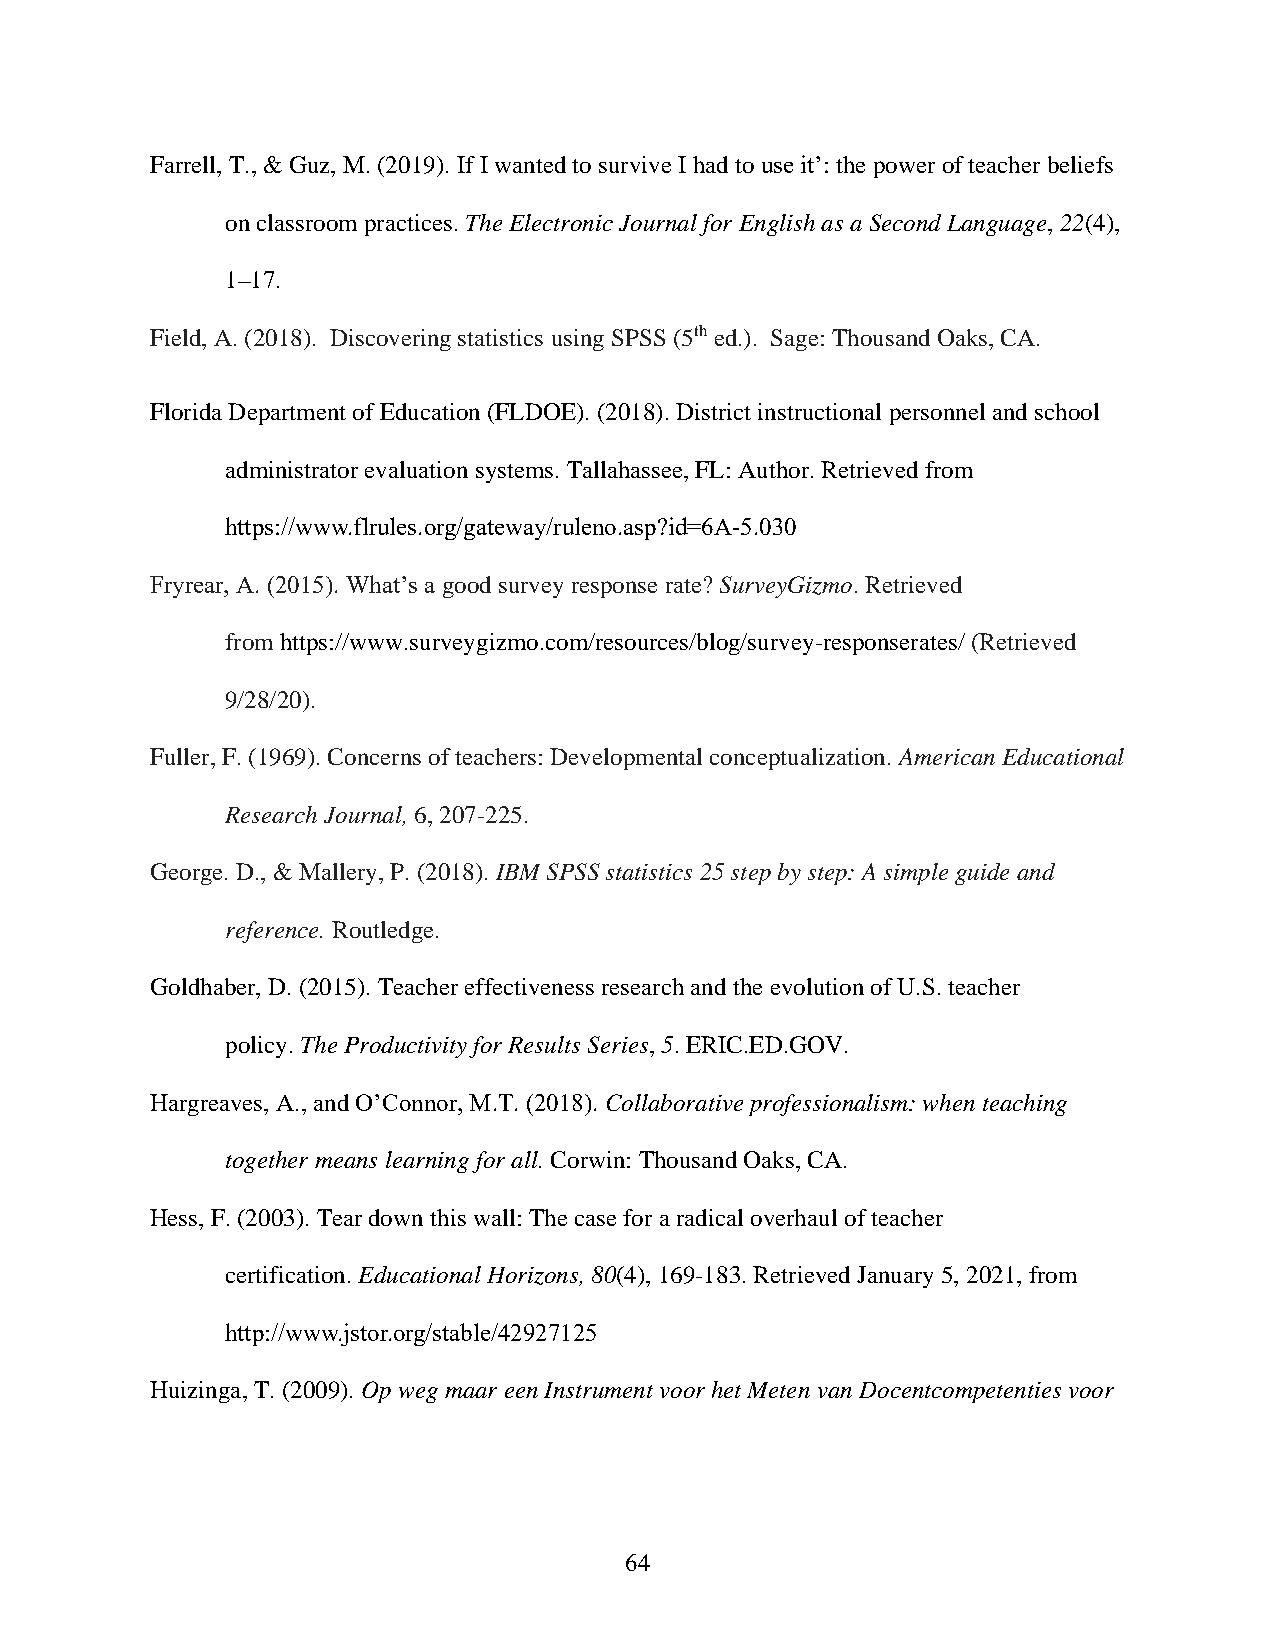
Farrell, T., & Guz, M. (2019). If I wanted to survive I had to use it’: the power of teacher beliefs
 on classroom practices. The Electronic Journal for English as a Second Language, 22(4),
 1–17.
 Field, A. (2018). Discovering statistics using SPSS (5th ed.). Sage: Thousand Oaks, CA.
 Florida Department of Education (FLDOE). (2018). District instructional personnel and school
 administrator evaluation systems. Tallahassee, FL: Author. Retrieved from
 https://www.flrules.org/gateway/ruleno.asp?id=6A-5.030
 Fryrear, A. (2015). What’s a good survey response rate? SurveyGizmo. Retrieved
 from https://www.surveygizmo.com/resources/blog/survey-responserates/ (Retrieved
 9/28/20).
 Fuller, F. (1969). Concerns of teachers: Developmental conceptualization. American Educational
 Research Journal, 6, 207-225.
 George. D., & Mallery, P. (2018). IBM SPSS statistics 25 step by step: A simple guide and
 reference. Routledge.
 Goldhaber, D. (2015). Teacher effectiveness research and the evolution of U.S. teacher
 policy. The Productivity for Results Series, 5. ERIC.ED.GOV.
 Hargreaves, A., and O’Connor, M.T. (2018). Collaborative professionalism: when teaching
 together means learning for all. Corwin: Thousand Oaks, CA.
 Hess, F. (2003). Tear down this wall: The case for a radical overhaul of teacher
 certification. Educational Horizons, 80(4), 169-183. Retrieved January 5, 2021, from
 http://www.jstor.org/stable/42927125
 Huizinga, T. (2009). Op weg maar een Instrument voor het Meten van Docentcompetenties voor
 64